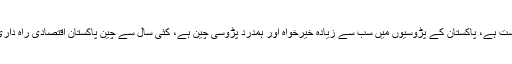
چین پاکستان کا لازوال دوست ہے، پاکستان کے پڑوسیوں میں سب سے زیادہ خیرخواہ اور ہمدرد پڑوسی چین ہے، کئی سال سے چین پاکستان اقتصادی راہ داری کی باتیں بھی ہورہی ہیں۔